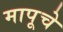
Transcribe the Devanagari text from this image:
मापूचे